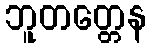
ဘူတတ္တေန